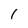
Character: 1